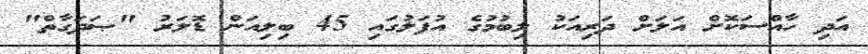
އަދި ހާއްސަކޮށް އަލަށް ދަރިއަކު ލިބުމުގެ އުފަލުގައި 45 ބިލިއަން ޑޮލަރު "ޞަދަގާތް"